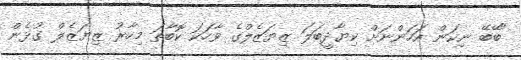
"ބޭބޭ ނިކަން އަހަންނަށް ކިޔާދީބަލަ ޒިޔަޒެލްގެ ވާހަކަ ކޮބާތަ މިހާރު ޒިޔަޒެލް ގުޅެން